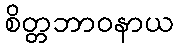
စိတ္တဘာဝနာယ